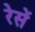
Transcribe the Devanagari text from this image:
रेसें